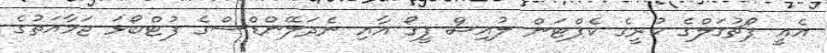
އެއީ ޕޯޗުގަލްގެ ކުރީގެ ކެޕްޓަން ލުއިސް ފީގޯ އާއި ނެދަލޭންޑްސްގެ ފުޓްބޯޅަ ޖަމާއަތުގެ